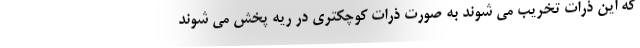
که این ذرات تخریب می شوند به صورت ذرات کوچکتری در ریه پخش می شوند